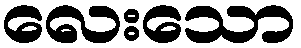
လေးသော